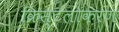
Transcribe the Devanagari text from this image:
क्रिस्टलोकरण